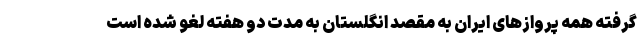
گرفته همه پروازهای ایران به مقصد انگلستان به مدت دو هفته لغو شده است